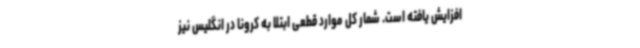
افزایش یافته است. شمار کل موارد قطعی ابتلا به کرونا در انگلیس نیز